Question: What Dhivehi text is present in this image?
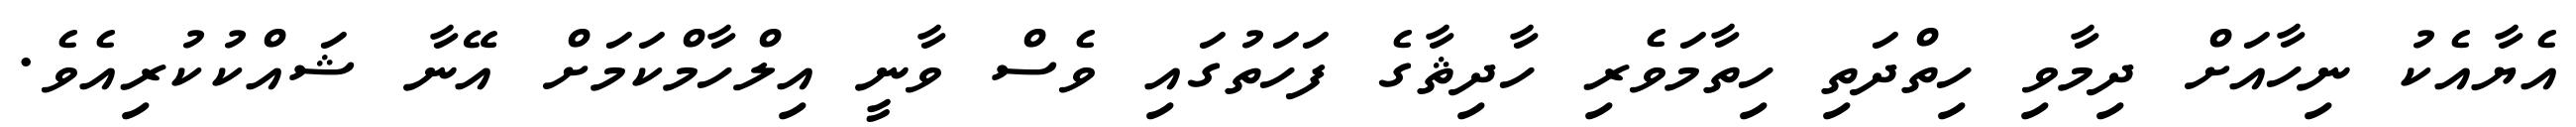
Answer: އެޔާއެކު ނިހާއަށް ދިމާވި ހިތްދަތި ހިތާމަވެރި ހާދިޘާގެ ފަހަތުގައި ވެސް ވާނީ އިލްހާމްކަމަށް އޭނާ ޝައްކުކުރިއެވެ.